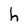
Character: h